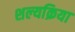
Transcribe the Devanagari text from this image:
शल्‍यक्रिया